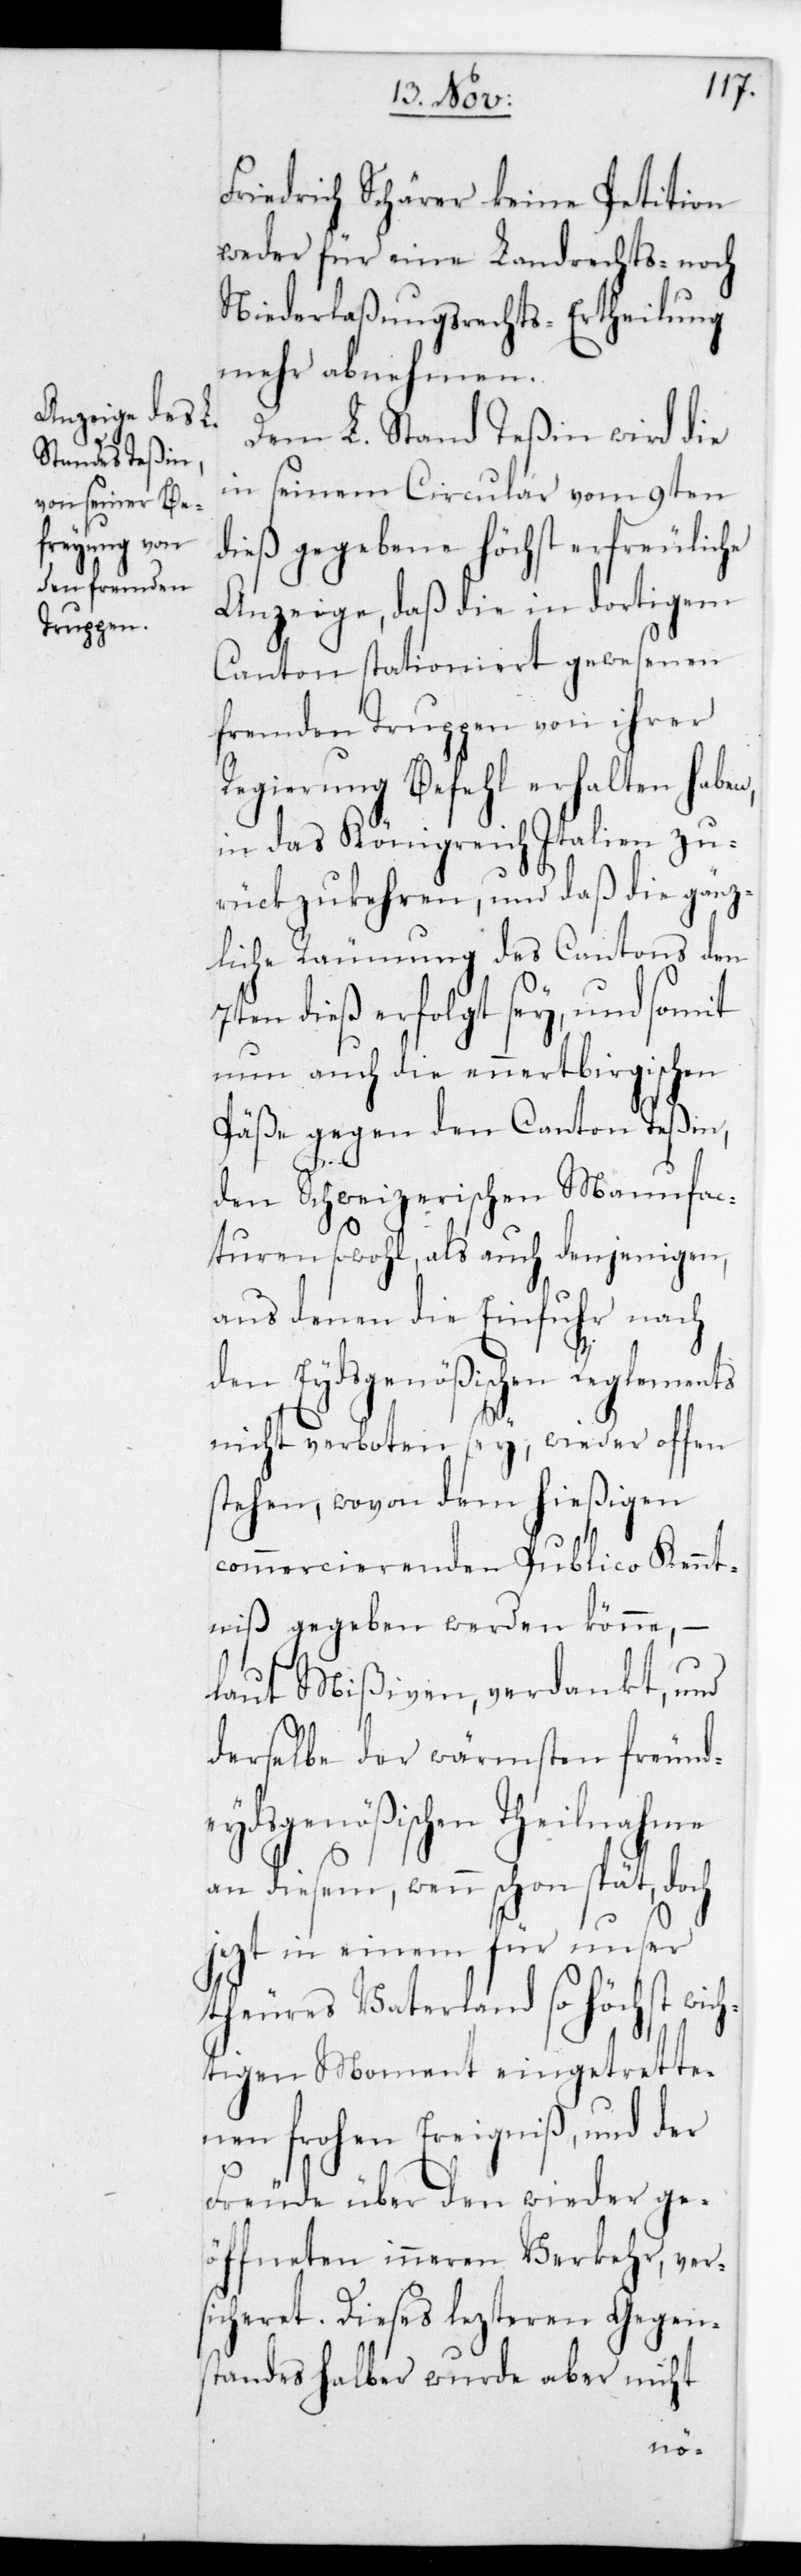
Friedrich Schärer keine Petition
weder für eine Landrechts- noch
Niederlaßungsrechts-Ertheilung
mehr annehmen.
Dem L. Stand Teßin wird die
in seinem Circular vom 9ten
dieß gegebene höchst erfreuliche
Anzeige, daß die in dortigem
Canton stationiert gewesenen
fremden Truppen von ihrer
Regierung Befehl erhalten haben,
in das Königreich Italien zu¬
rückzukehren, und daß die gänz¬
liche Räumung des Cantons den
7ten dieß erfolgt sey, und somit
nun auch die ennertbirgischen
Päße gegen den Canton Teßin,
den Schweizerischen Manufac¬
turen sowohl als auch denjenigen,
aus denen die Einfuhr nach
den Eydsgenößischen Reglements
nicht verboten sey, wieder offen
stehen, wovon dem hießigen
commercierenden Publico Kennt¬
niß gegeben werden könne, –
laut Mißiven, verdankt, und
derselbe der wärmsten freunde¬
ydsgenößischen Theilnahme
an diesem, wenn schon spät, doch
jetzt in einem für unser
theueres Vaterland so höchst wich¬
tigen Moment eingetrette¬
Freude über den wieder ge¬
öffneten inneren Verkehr, ver¬
sicheret. Dieses lezteren Gegen¬
standes halber wurde aber nicht
der